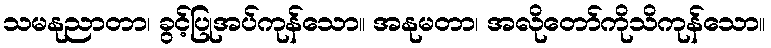
သမနုညာတာ၊ ခွင့်ပြုအပ်ကုန်သော။ အနုမတာ၊ အလိုတော်ကိုသိကုန်သော။